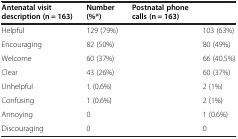
<table><thead><tr><td><b>Antenatal visit description (n = 163)</b></td><td><b>Number (%*)</b></td><td><b>Postnatal phone calls (n = 163)</b></td><td>[EMPTY_CELL]</td></tr></thead><tbody><tr><td>Helpful</td><td>129 (79%)</td><td>[EMPTY_CELL]</td><td>103 (63%)</td></tr><tr><td>Encouraging</td><td>82 (50%)</td><td>[EMPTY_CELL]</td><td>80 (49%)</td></tr><tr><td>Welcome</td><td>60 (37%)</td><td>[EMPTY_CELL]</td><td>66 (40.5%)</td></tr><tr><td>Clear</td><td>43 (26%)</td><td>[EMPTY_CELL]</td><td>60 (37%)</td></tr><tr><td>Unhelpful</td><td>1 (0.6%)</td><td>[EMPTY_CELL]</td><td>2 (1%)</td></tr><tr><td>Confusing</td><td>1 (0.6%)</td><td>[EMPTY_CELL]</td><td>2 (1%)</td></tr><tr><td>Annoying</td><td>0</td><td>[EMPTY_CELL]</td><td>1 (0.6%)</td></tr><tr><td>Discouraging</td><td>0</td><td>[EMPTY_CELL]</td><td>0</td></tr></tbody></table>